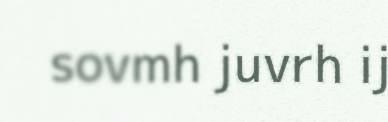
sovmh juvrh ij